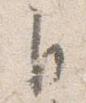
自